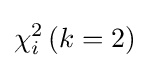
\chi _{i}^{2}\left(k=2\right)